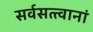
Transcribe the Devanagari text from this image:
सर्वसत्त्वानां